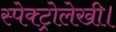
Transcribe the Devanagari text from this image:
स्पेक्ट्रोलेखी।